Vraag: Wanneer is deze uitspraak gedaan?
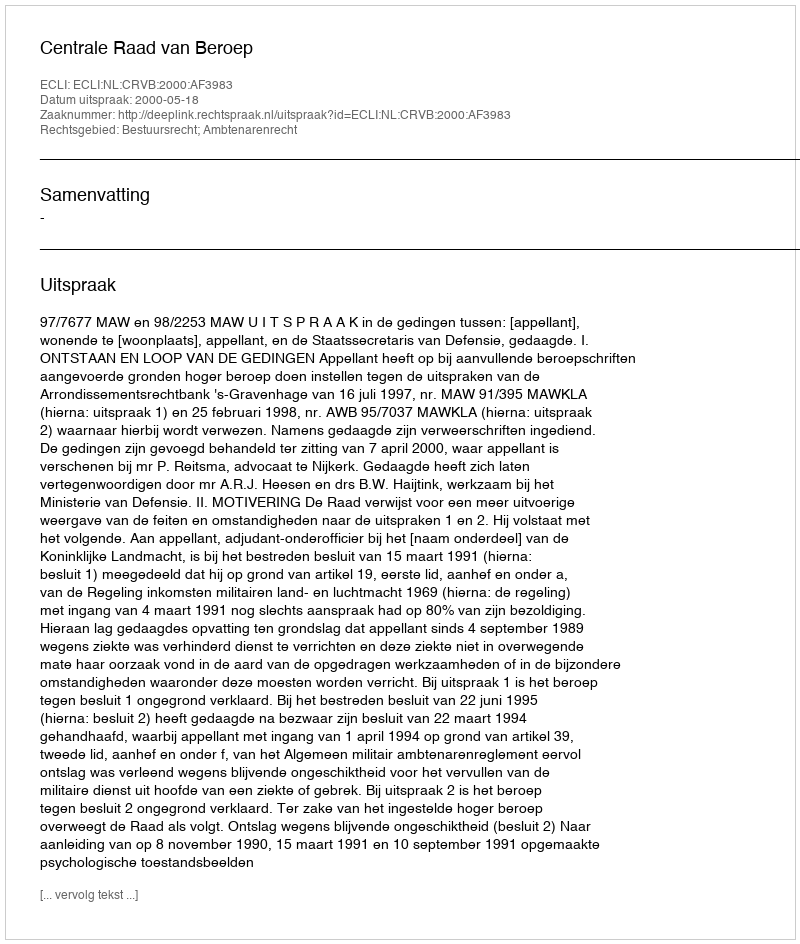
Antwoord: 2000-05-18